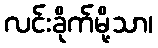
လင်းခိုက်မို့သာ၊